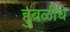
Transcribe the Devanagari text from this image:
हुबळीचे